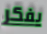
يفكر